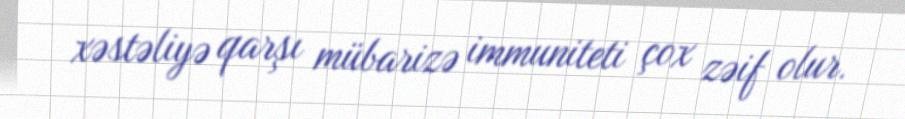
xəstəliyə qarşı mübarizə immuniteti çox zəif olur.